Lunatic asylums Burma 1907-21 - 1907-1921
Year: 1907
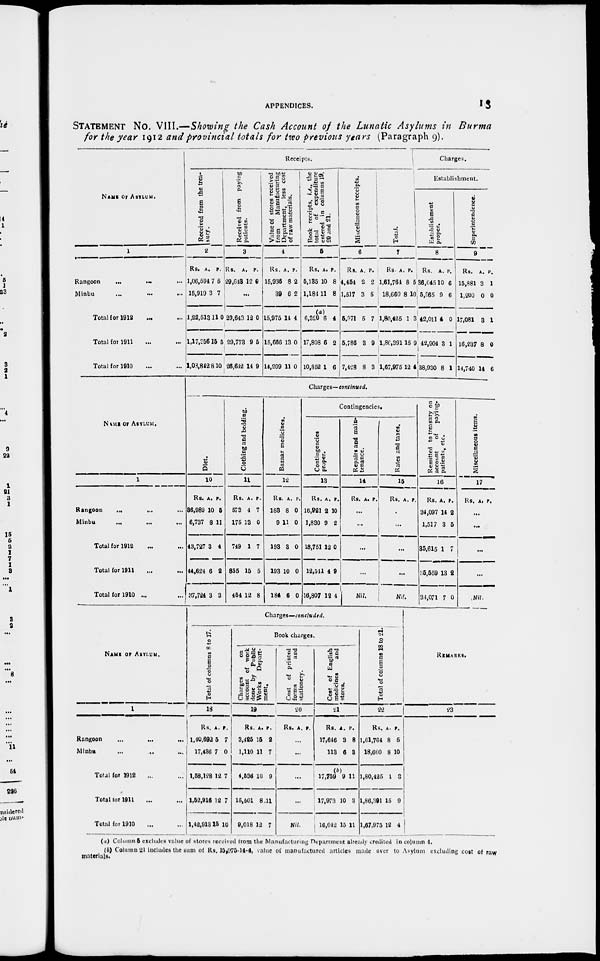
APPENDICES.
13
STATEMENT NO. VIII.—Showing the Cash Account of the Lunatic Asylums in Burma
for the year 1912 and provincial totals for two previous years (Paragraph 9).
NAME OF ASYLUM.
1
Rangoon
... ... ...
Minbu
...
...
...
Total for 1912 ... ...
Total for 1911 ... ...
Total for 1910 ... ...
Receipts.
Received from the trea-
sury.
2
Rs.
1,06,594
15,919
1,22,513
1,17,356
1,03,842
A.
7
3
11
15
8
P.
5
7
0
5
10
Received from paying
patients.
3
Rs.
29,648
A.
12
P.
0
...
29,643
29,773
26,642
12
9
14
0
5
9
Value of stores received
from
Manufacturing
Department, less cost
of raw materials.
4
Rs.
15,936
39
15,975
15,666
14,209
A.
8
6
14
13
11
P.
2
2
4
0
0
Book receipts, i.e., the
total
of expenditure
entered in columns 19,
20 and 21.
5
Rs.
5,135
1,184
6,320
17,808
10,852
A.
10
11
(a)
6
6
1
P.
8
8
4
2
6
Miscellaneous receipts.
6
Rs.
4,454
1,517
5,971
5,786
7,428
A.
2
3
5
3
8
P.
2
5
7
9
3
Total.
7
Rs.
1,61,764
18,660
1,80,425
1,86,391
1,67,975
A.
8
8
1
15
12
P.
5
10
3
9
4
Charges.
Establishment.
Establishment
proper.
8
Rs.
36,045
5,965
42,011
42,904
38,930
A.
10
9
4
3
8
P.
6
6
0
1
1
Superintendence.
9
Rs.
15,881
1,200
17,081
16,237
14,740
A.
3
0
3
8
14
P.
1
0
1
0
6
NAME OF ASYLUM.
1
Rangoon
... ... ...
Minbu
... ... ...
Total for 1912 ... ...
Total for 1911 ... ...
Total for 1910 ... ...
Charges— continued.
Diet.
10
Rs.
86,989
6,737
43,727
44,624
27,724
A.
10
8
3
6
3
P.
5
11
4
2
3
Clothing and bedding.
11
Rs.
573
175
749
855
454
A.
4
13
1
15
12
P.
7
0
7
5
8
Bazaar medicines.
12
Rs.
183
9
193
193
184
A.
8
11
3
10
6
P.
0
0
0
0
0
Contingencies.
Contingencies
proper.
13
Rs.
16,921
1,830
18,751
12,541
16,807
A.
2
9
12
4
12
P.
10
2
10
9
4
Repairs and main-
tenance.
14
Rs. A. P.
...
...
...
...
Nil.
Rates and taxes.
15
Rs. A. P.
...
...
...
...
Nil.
Remitted to treasury on
account
of paying-
patients, etc.
16
Rs.
34,097
1,517
35,615
35,559
34,071
A.
14
3
1
13
7
P.
2
5
7
2
0
Miscellaneous items.
17
Rs. A. P.
...
...
...
...
Nil
NAME OF ASYLUM.
1
Rangoon
...
...
...
Minbu ... ... ...
Total for 1912 ... ...
Total tor 1911 ... ...
Total for 1910 ... ...
Charges—concluded.
Total of columns 8 to 17.
18
Rs.
1,40,692
17,436
1,58,128
1,52,916
1,42,913
A.
5
7
12
12
15
P.
7
0
7
7
10
Book charges.
Charges
on
account of work
done by Public
Works
Depart-
ment.
19
Rs.
3,425
1,110
4,636
15,501
9,018
A.
15
11
10
8
12
P.
2
7
9
11
7
Cost of printed
forms
and
stationery.
20
Rs. A. P.
...
...
...
...
Nil.
Cost of English
medicines
and
stores.
21
Rs.
17,646
113
(b)
17,759
17,973
16,042
A.
3
6
9
10
15
P.
8
3
11
3
11
Total of columns 18 to 21.
22
Rs.
1,61,764
18,660
1,80,425
1,86,391
1,67,975
A.
8
8
1
15
12
P.
5
10
3
9
4
REMARKS.
23
(a) Column 5 excludes value of stores received from the Manufacturing Department already credited in column 4.
(b) Column 21 includes the sum of Rs, 15,975-14-4, value of manufactured articles made over to Asylum excluding cost of raw
materials.